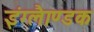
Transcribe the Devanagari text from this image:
इंग्लैाण्डक